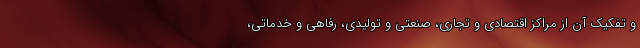
و تفكيك آن از مراكز اقتصادی و تجاری، صنعتی و تولیدی، رفاهی و خدماتی،